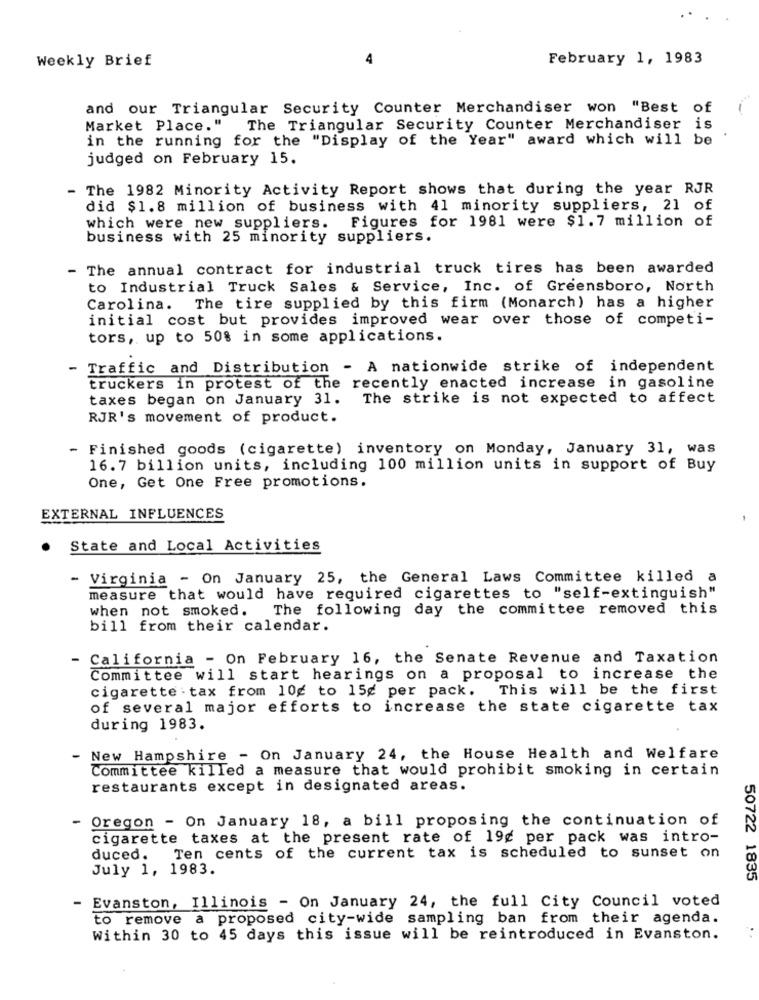
Weekly Brief
4
February 1, 1983
and our Triangular Security Counter Merchandiser won "Best of
Market Place." The Triangular Security Counter Merchandiser is
in the running for the "Display of the Year" award which will be
judged on February 15.
- The 1982 Minority Activity Report shows that during the year RJR
did $1.8 million of business with 41 minority suppliers, 21 of
Figures for 1981 were $1.7 million of
which were new suppliers.
business with 25 minority suppliers.
The annual contract for industrial truck tires has been awarded
to Industrial Truck Sales & Service, Inc. of Greensboro, North
Carolina. The tire supplied by this firm (Monarch) has a higher
initial cost but provides improved wear over those of competi-
tors, up to 50% in some applications.
- Traffic and Distribution - A nationwide strike of independent
truckers in protest of the recently enacted increase in gasoline
taxes began on January 31. The strike is not expected to affect
RJR's movement of product.
- Finished goods (cigarette) inventory on Monday, January 31, was
16.7 billion units, including 100 million units in support of Buy
One, Get One Free promotions.
EXTERNAL INFLUENCES
State and Local Activities
- Virginia - On January 25, the General Laws Committee killed a
measure that would have required cigarettes to "self-extinguish"
when not smoked. The following day the committee removed this
bill from their calendar.
- California - On February 16, the Senate Revenue and Taxation
Committee will start hearings on a proposal to increase the
cigarette : tax from 10g to 15g per pack. This will be the first
of several major efforts to increase the state cigarette tax
during 1983.
- New Hampshire - On January 24, the House Health and Welfare
Committee killed a measure that would prohibit smoking in certain
restaurants except in designated areas.
- Oregon - On January 18, a bill proposing the continuation of
cigarette taxes at the present rate of 19¢ per pack was intro-
duced. Ten cents of the current tax is scheduled to sunset on
July 1, 1983.
50722 1835
- Evanston, Illinois - On January 24, the full City Council voted
to remove a proposed city-wide sampling ban from their agenda.
Within 30 to 45 days this issue will be reintroduced in Evanston.